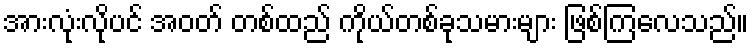
အားလုံးလိုပင် အဝတ် တစ်ထည် ကိုယ်တစ်ခုသမားများ ဖြစ်ကြလေသည်။